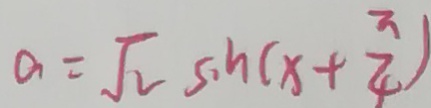
a = \sqrt { 2 } \sin ( x + \frac { \pi } { 4 } )